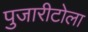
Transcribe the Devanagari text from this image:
पुजारीटोला